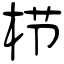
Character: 栉